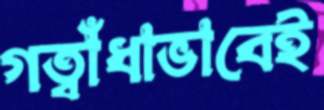
গত্বাঁধাভাবেই